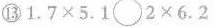
⑬$$1 . 7 \times 5 . 1 \circ 2 \times 6 . 2$$